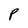
Character: P